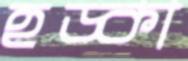
হড়্‌কা